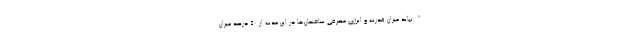
"نباید میزان قدرت و انرژی مصرفی ساختمان‌ها در این مدت از ۵۰ درصد میزان